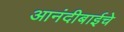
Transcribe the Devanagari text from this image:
आनंदीबाईचे